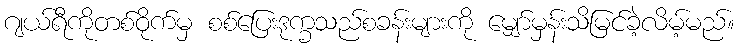
ဂျယ်ရီကိုတစ်ဝိုက်မှ စစ်ပြေးဒုက္ခသည်စခန်းများကို မျှော်မှန်းသိမြင်ခဲ့လိမ့်မည်။